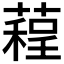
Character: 𦻓